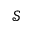
\mathcal { S }